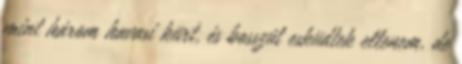
mint három havasi kürt, és bosszút esküdtek ellenem, de